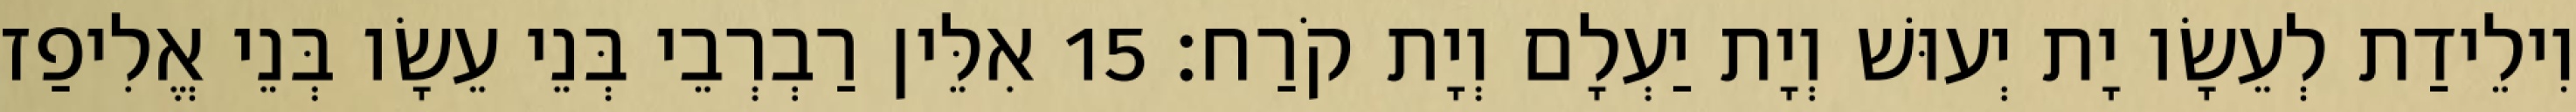
וִילֵידַת לְעֵשָׂו יָת יְעוּשׁ וְיָת יַעְלָם וְיָת קֹרַח׃ 15 אִלֵּין רַבְרְבֵי בְּנֵי עֵשָׂו בְּנֵי אֱלִיפַז